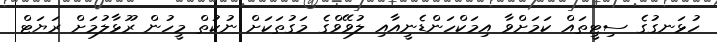
ހުޅަނގުގެ ސިޓީތައް ކަމަށްވާ އިމަކްހަންޑެނީއާއި ލުވޭވްގެ މަގުތަކަށް ނުކުތް މީހުން ރޫޅާލުމަށް ރަޔަޓް